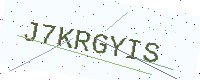
Text: J7KRGYIS